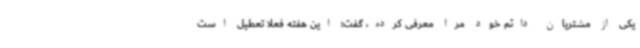
یکی از مشتریان دائم خود مرا معرفی کرده، گفت: این هفته فعلا تعطیل است